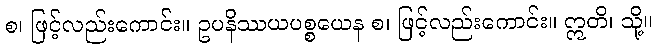
စ၊ ဖြင့်လည်းကောင်း။ ဥပနိဿယပစ္စယေန စ၊ ဖြင့်လည်းကောင်း။ ဣတိ၊ သို့။